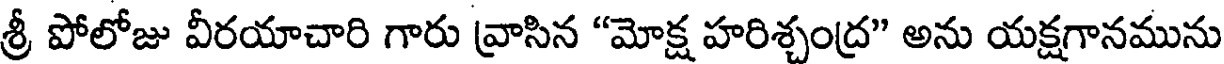
శ్రీ పోలోజు వీరయాచారి గారు వ్రాసిన "మోక్ష హరిశ్చంద్ర" అను యక్షగానమును